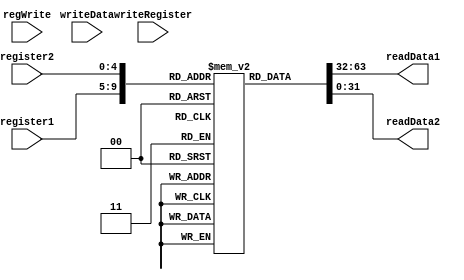
module registers (
  input wire regWrite, // RegWrite que vem do Control
  input wire [4:0] register1, // Primeiro argumento de leitura da instrucao
  input wire [4:0] register2, // Segundo argumento de leitura da instrucao
  input wire [4:0] writeRegister, // Registrador de escrita, se tiver, da instrucao
  input wire [31:0] writeData, // Dado a ser escrito na memoria referenciada ao registrador de escrita
  output reg [31:0] readData1, // Dado armazenado no registrador register1
  output reg [31:0] readData2 // Dado armazenado no registrador register2
);

  reg [31:0] registradores [31:0];

  initial begin
    registradores[0] = 32'b0; // ZR
    registradores[1] = 32'b01; //AT
    registradores[2] = 32'b10; // V0
    registradores[3] = 32'b11; //V1
    registradores[4] = 32'b100; // A0
    registradores[5] = 32'b101; //A1
    registradores[6] = 32'b110; // A2
    registradores[7] = 32'b111; //A3
    registradores[8] = 32'b1000; // T0
    registradores[9] = 32'b1001; //T1
    registradores[10] = 32'b1010; //T2
    registradores[11] = 32'b1011; //T3
    registradores[12] = 32'b1100; //T4
    registradores[13] = 32'b1101; //T5
    registradores[14] = 32'b1110; //T6
    registradores[15] = 32'b1111; //T7
    registradores[16] = 32'b10000; //S0
    registradores[17] = 32'b10001; //S1
    registradores[18] = 32'b10010; //S2
    registradores[19] = 32'b10011; //S3
    registradores[20] = 32'b10100; //S4
    registradores[21] = 32'b10101; //S5
    registradores[22] = 32'b10110; //S6
    registradores[23] = 32'b10111; //S7
    registradores[24] = 32'b11000; //T8
    registradores[25] = 32'b11001; //T9
    registradores[26] = 32'b11010; //K0
    registradores[27] = 32'b11011; //K1
    registradores[28] = 32'b11100; //GP
    registradores[29] = 32'b11101; //SP
    registradores[30] = 32'b11110; //FP
    registradores[31] = 32'b11111; //RA
  end

  always @(register1, register2) begin
    $display("regWrite has changed. registers.v -> %b = %b", regWrite, writeData);
    readData1 = registradores[register1];
    readData2 = registradores[register2];
  end

endmodule